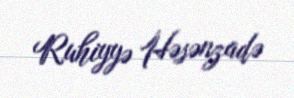
Ruhiyyə Həsənzadə